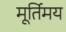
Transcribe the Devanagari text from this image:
मूर्तिमय